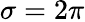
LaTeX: \sigma=2\pi